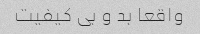
واقعا بد و بی کیفیت